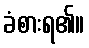
ခံစားရ၏။